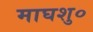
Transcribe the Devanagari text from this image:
माघशु०